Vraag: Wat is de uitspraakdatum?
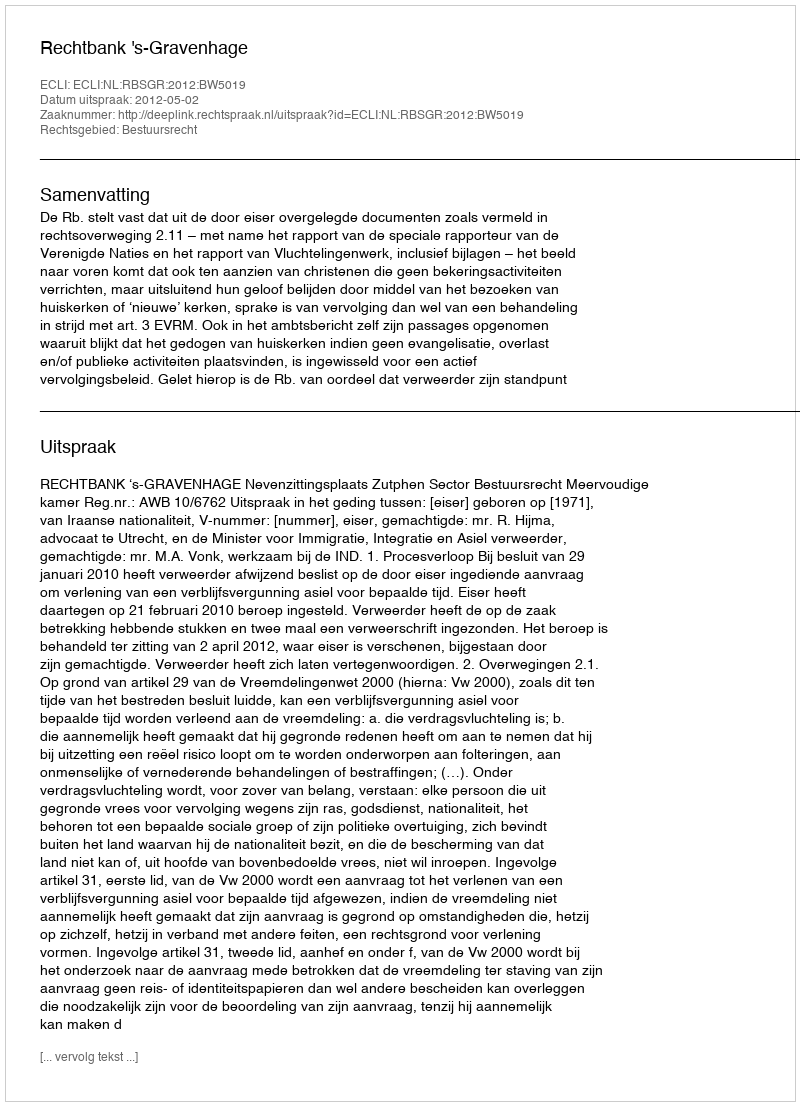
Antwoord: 2012-05-02